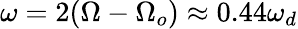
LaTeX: \omega=2(\Omega-\Omega_{o})\approx 0.44\omega_{d}